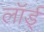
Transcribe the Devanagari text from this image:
लॉर्ड्